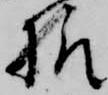
様